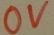
Text: 0V